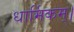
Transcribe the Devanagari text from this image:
धार्मिकम्‌।